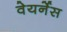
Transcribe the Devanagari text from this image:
वेयर्नेस